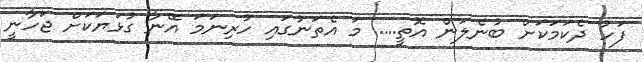
ފަހު ދެކަމަކަށް ބުނެލަން އޮތީ.... މަ އެތަނުގައި ހުރިނަމަ އޭނާ ގުޅަޔަކަށް ޖަހާނީ